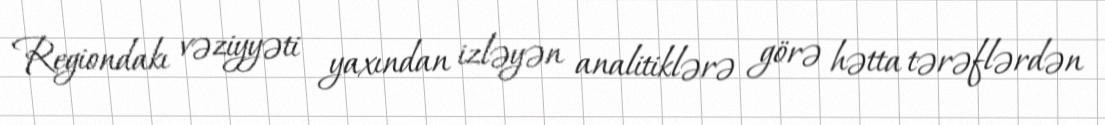
Regiondakı vəziyyəti yaxından izləyən analitiklərə görə hətta tərəflərdən